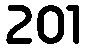
201